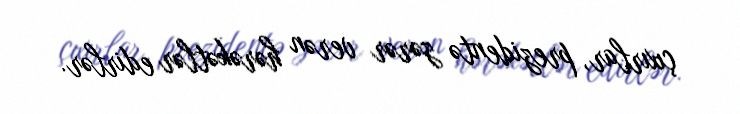
çıxırlar, prezidentə zərər verən hərəkətlər edirlər.